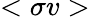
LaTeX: <\sigma v>